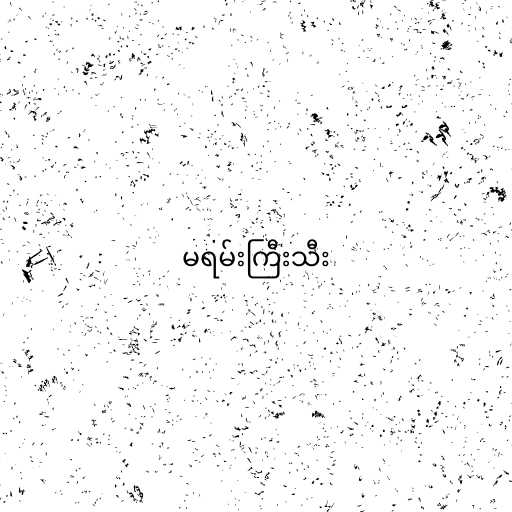
မရမ်းကြီးသီး